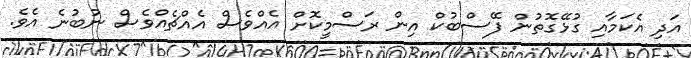
އަދި އެކަމާއި ގުޅޭގޮތުން ފޭސްބުކް އިން ރަސްމީކޮށް އެއްވެސް އެއްޗެއްވެސް ނުބުނެ އެވެ.